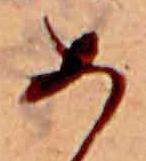
あ